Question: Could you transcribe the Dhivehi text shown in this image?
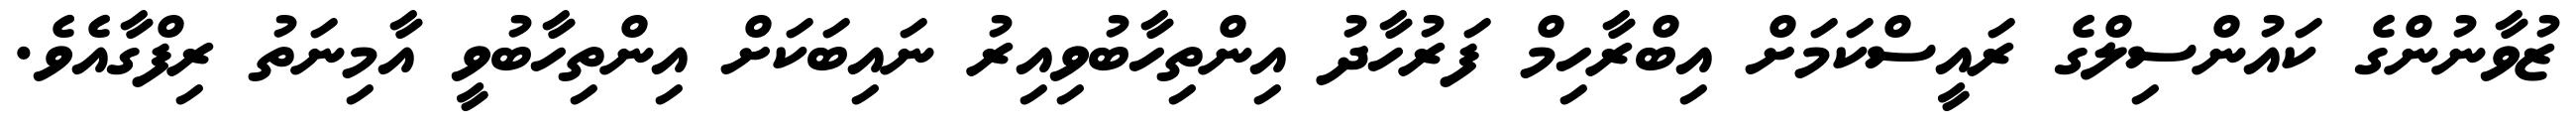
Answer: ޒުވާނުންގެ ކައުންސިލްގެ ރައީސްކަމަށް އިބްރާހިމް ފަރުހާދު އިންތިހާބުވިއިރު ނައިބަކަށް އިންތިހާބުވީ އާމިނަތު ރިފްގާއެވެ.